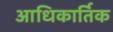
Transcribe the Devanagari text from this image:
आधिकार्तिक